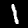
Digit: 1